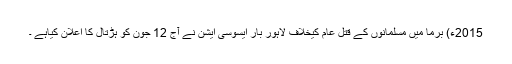
2015ء) برما میں مسلمانوں کے قتل عام کیخلاف لاہور بار ایسوسی ایشن نے آج 12 جون کو ہڑتال کا اعلان کیاہے ۔